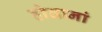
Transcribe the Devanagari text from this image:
होतानां